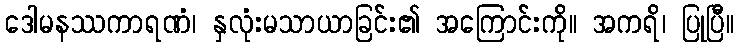
ဒေါမနဿကာရဏံ၊ နှလုံးမသာယာခြင်း၏ အကြောင်းကို။ အကရိ၊ ပြုပြီ။